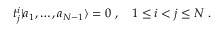
t _ { j } ^ { i } | a _ { 1 } , \ldots , a _ { N - 1 } \rangle = 0 \; , \quad 1 \leq i < j \leq N \; .